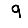
Digit: 9